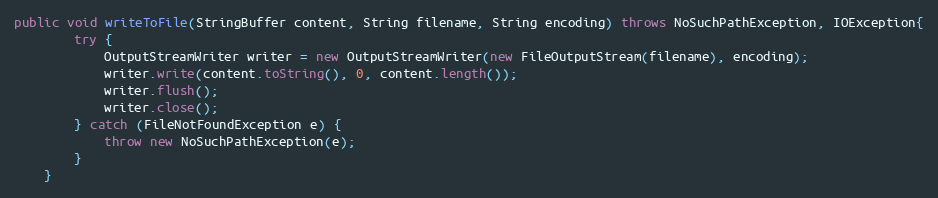
Language: Java
public void writeToFile(StringBuffer content, String filename, String encoding) throws NoSuchPathException, IOException{
		try {
			OutputStreamWriter writer = new OutputStreamWriter(new FileOutputStream(filename), encoding);
			writer.write(content.toString(), 0, content.length());
			writer.flush();
			writer.close();
		} catch (FileNotFoundException e) {
			throw new NoSuchPathException(e);
		}
	}